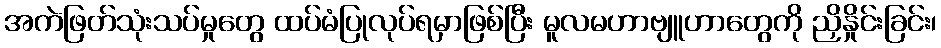
အကဲဖြတ်သုံးသပ်မှုတွေ ထပ်မံပြုလုပ်ရမှာဖြစ်ပြီး မူလမဟာဗျူဟာတွေကို ညှိနှိုင်းခြင်း၊